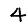
Digit: 4